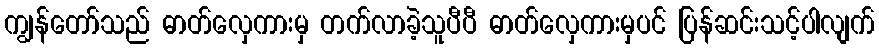
ကျွန်တော်သည် ဓာတ်လှေကားမှ တက်လာခဲ့သူပီပီ ဓာတ်လှေကားမှပင် ပြန်ဆင်းသင့်ပါလျက်